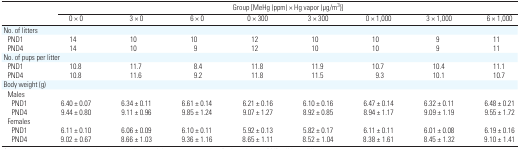
|  | <COLSPAN=8> Group [MeHg (ppm) × Hg vapor (μg/m3)] |
 |  | 0 × 0 | 3 × 0 | 6 × 0 | 0 × 300 | 3 × 300 | 0 × 1,000 | 3 × 1,000 | 6 × 1,000 |
 | --- | --- | --- | --- | --- | --- | --- | --- | --- |
 | <COLSPAN=9> No. of litters |
 | PND1 | 14 | 10 | 10 | 12 | 10 | 10 | 9 | 11 |
 | PND4 | 14 | 10 | 9 | 12 | 10 | 10 | 9 | 11 |
 | <COLSPAN=9> No. of pups per litter |
 | PND1 | 10.8 | 11.7 | 8.4 | 11.8 | 11.9 | 10.7 | 10.4 | 11.1 |
 | PND4 | 10.8 | 11.6 | 9.2 | 11.8 | 11.5 | 9.3 | 10.1 | 10.7 |
 | <COLSPAN=9> Body weight (g) |
 | <COLSPAN=9> Males |
 | PND1 | 6.40 ± 0.07 | 6.34 ± 0.11 | 6.61 ± 0.14 | 6.21 ± 0.16 | 6.10 ± 0.16 | 6.47 ± 0.14 | 6.32 ± 0.11 | 6.48 ± 0.21 |
 | PND4 | 9.44 ± 0.80 | 9.11 ± 0.96 | 9.85 ± 1.24 | 9.07 ± 1.27 | 8.92 ± 0.85 | 8.94 ± 1.17 | 9.09 ± 1.19 | 9.55 ± 1.72 |
 | <COLSPAN=9> Females |
 | PND1 | 6.11 ± 0.10 | 6.06 ± 0.09 | 6.10 ± 0.11 | 5.92 ± 0.13 | 5.82 ± 0.17 | 6.11 ± 0.11 | 6.01 ± 0.08 | 6.19 ± 0.16 |
 | PND4 | 9.02 ± 0.67 | 8.66 ± 1.03 | 9.36 ± 1.16 | 8.65 ± 1.11 | 8.52 ± 1.04 | 8.38 ± 1.61 | 8.45 ± 1.32 | 9.10 ± 1.41 |